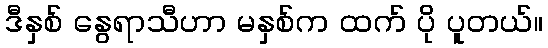
ဒီနှစ် နွေရာသီဟာ မနှစ်က ထက် ပို ပူတယ်။